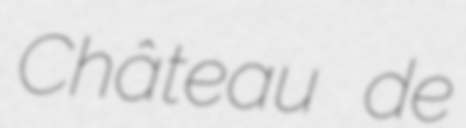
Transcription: Château de